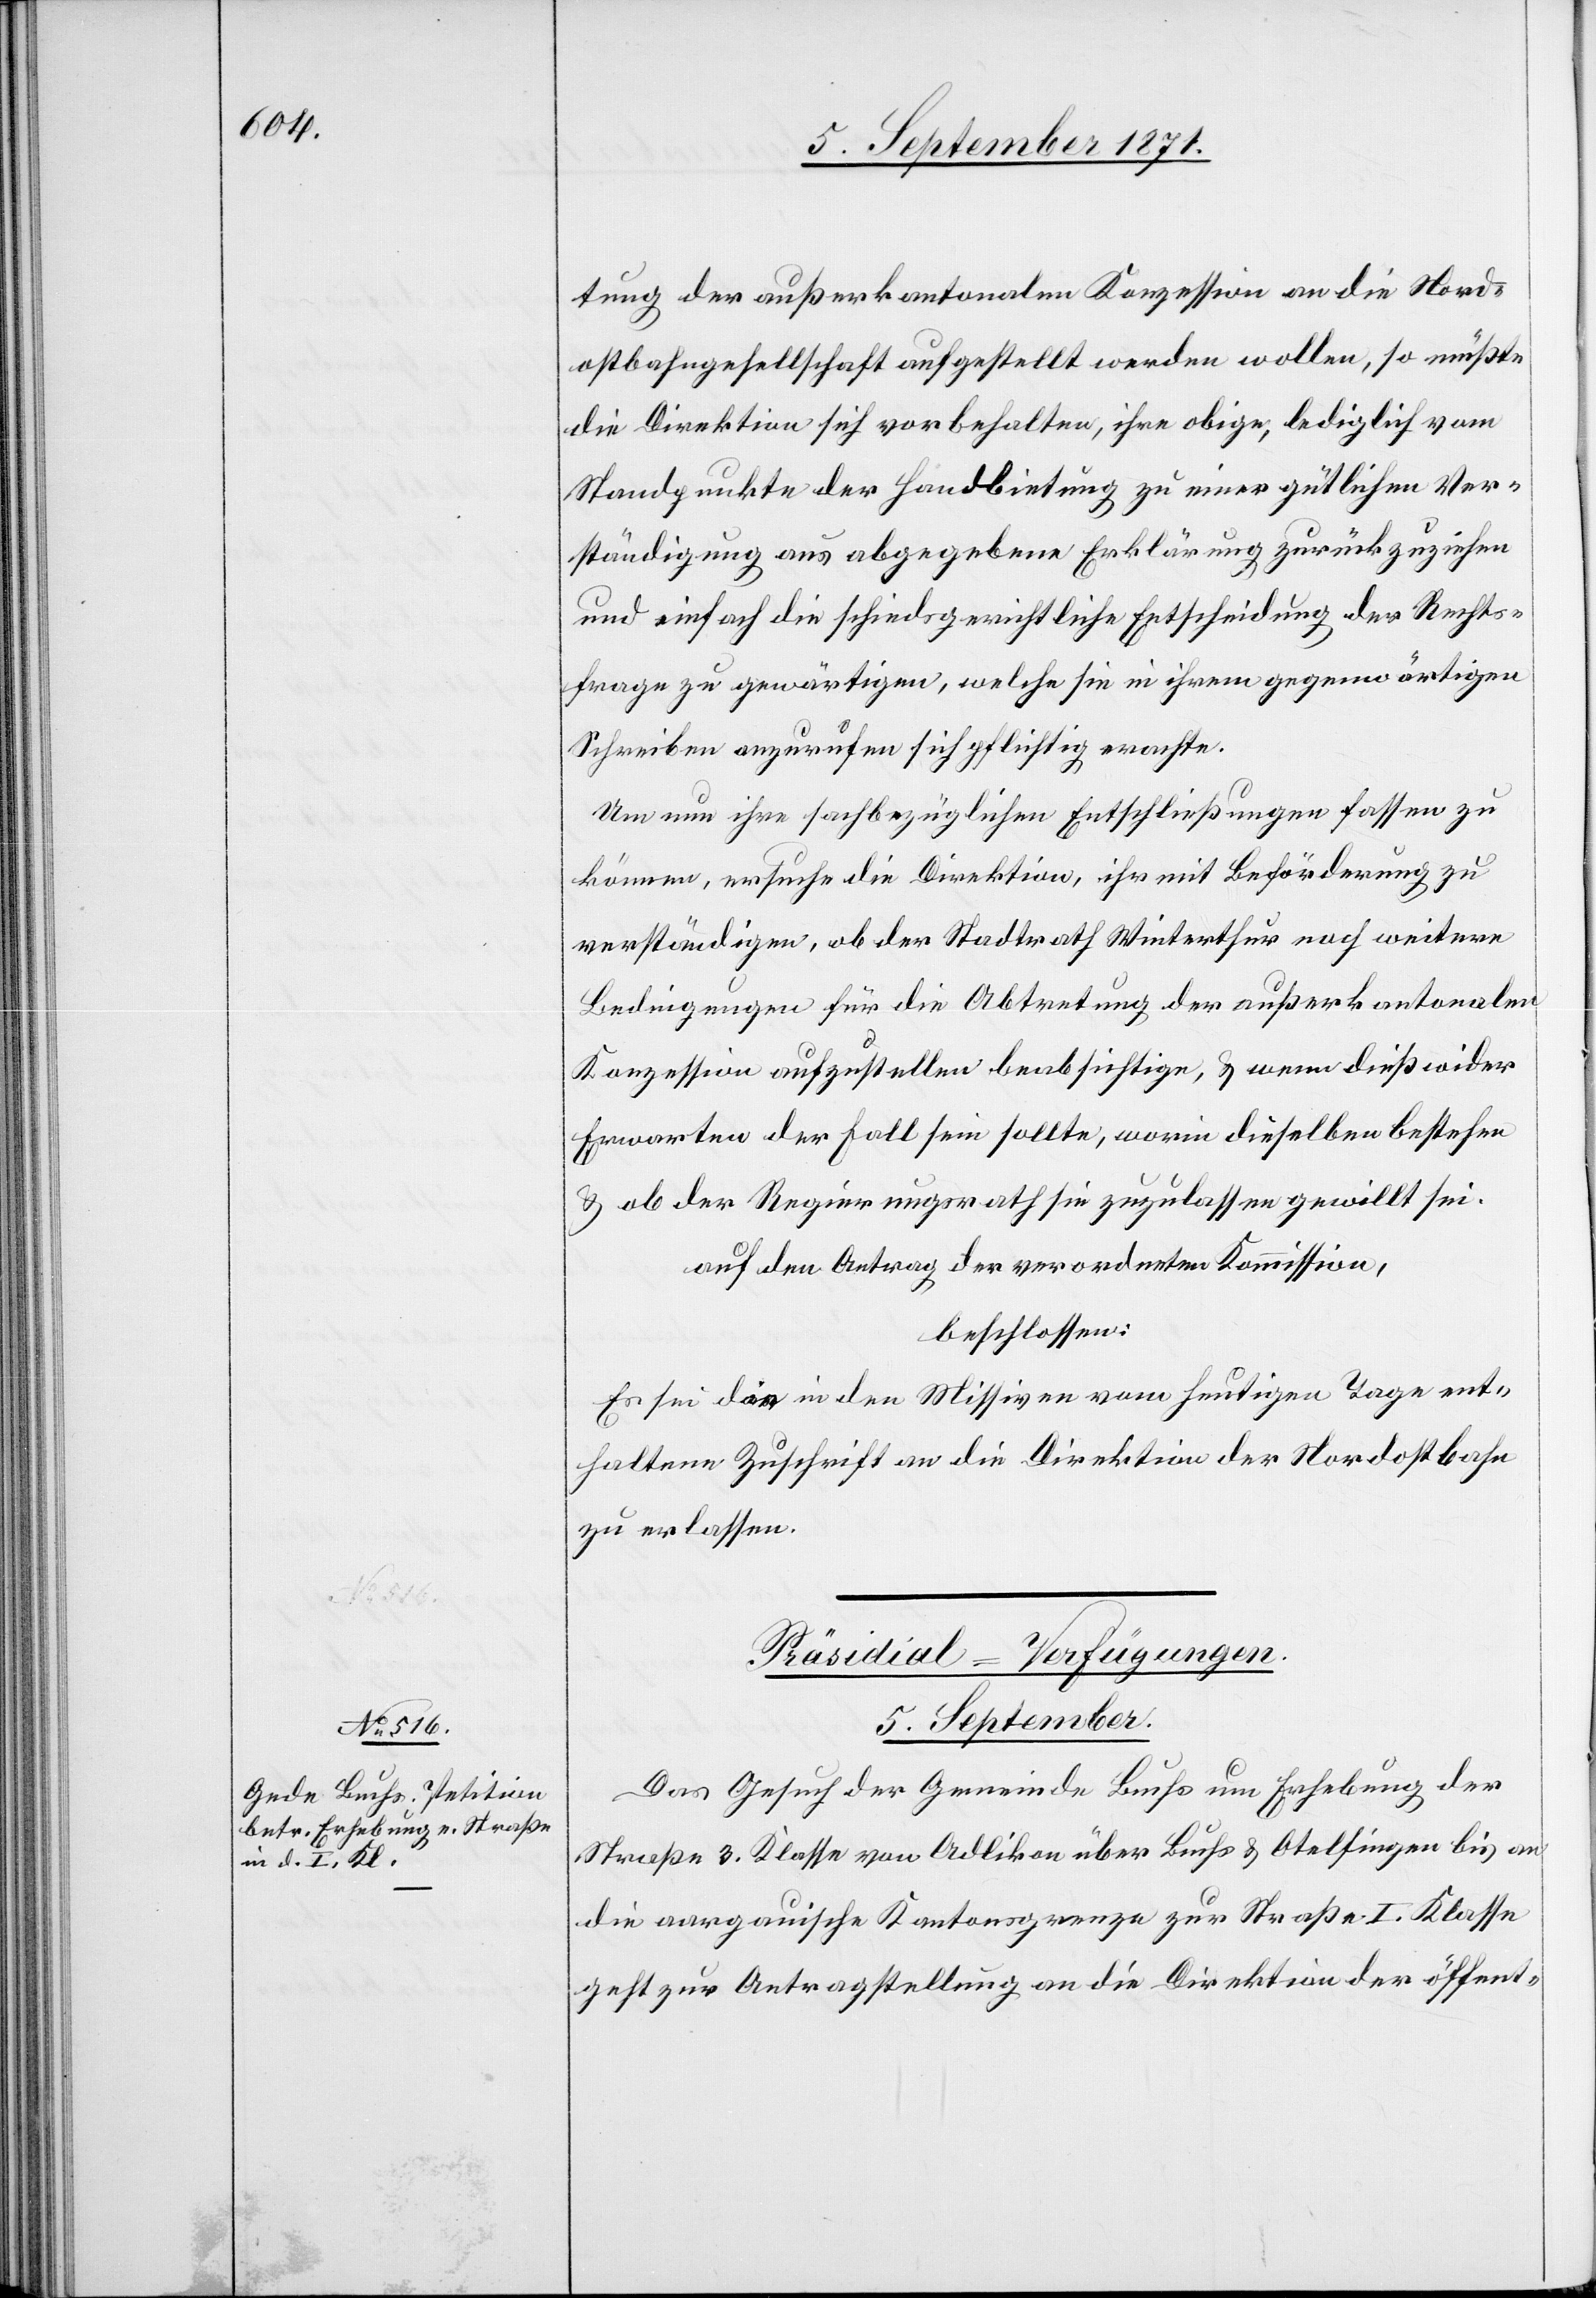
1871.

tung der außerkantonalen Konzession an die Nord¬
ostbahngesellschaft aufgestellt werden wollen, so müßte
die Direktion sich vorbehalten, ihre obige, lediglich vom
Standpunkte der Handbietung zu einer gütlichen Ver¬
ständigung aus abgegebene Erklärung zurückzuziehen
und einfach die schiedsgerichtliche Entscheidung der Rechts¬
frage zu gewärtigen, welche sie in ihrem gegenwärtigen
Schreiben anzurufen sich pflichtig erachte.
Um nun ihre sachbezüglichen Entschließungen fassen zu
können, ersuche die Direktion, ihr mit Beförderung zu
verständigen, ob der Stadtrath Winterthur noch weitere
Bedingungen für die Abtretung der außerkantonalen
Konzession aufzustellen beabsichtige, & wenn dieß wider
Erwarten der Fall sein sollte, worin dieselben bestehen
& ob der Regierungsrath sie zuzulassen gewillt sei.
auf den Antrag der verordneten Kommission,
beschlossen:
Es sei die in den Missiven vom heutigen Tage ent¬
haltene Zuschrift an die Direktion der Nordostbahn
zu erlassen.
Präsidial-Verfügungen.
5. September
Das Gesuch der Gemeinde Buchs um Erhebung der
Straße 3. Klasse von Adlikon über Buchs & Otelfingen bis an
die aargauische Kantonsgrenze zur Straße I. Klasse
geht zur Antragstellung an die Direktion der öffent-